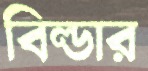
বিল্ডার